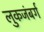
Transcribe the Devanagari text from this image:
लुकजंबर्ग